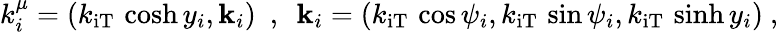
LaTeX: k_{i}^{\mu}=(k_{\mathrm{iT}}\, \cosh y_{i},{\mathbf k}_{i})~~,~~{\mathbf k}_{i}=(k_{\mathrm{iT}}\, \cos\psi_{i},k_{\mathrm{iT}}\, \sin\psi_{i},k_{\mathrm{iT}}\, \sinh y_{i})~,